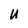
Character: U